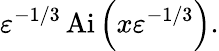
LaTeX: \varepsilon^{-1/3}\operatorname{Ai}\left(x\varepsilon^{-1/3}\right).